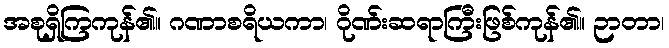
အစုရှိကြကုန်၏။ ဂဏာစရိယကာ၊ ဂိုဏ်းဆရာကြီးဖြစ်ကုန်၏။ ဉာတာ၊